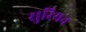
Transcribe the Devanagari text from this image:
सुरियन